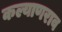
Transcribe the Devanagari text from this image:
कल्याणराव